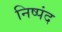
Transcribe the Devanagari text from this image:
निष्पंद